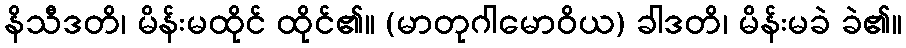
နိသီဒတိ၊ မိန်းမထိုင် ထိုင်၏။ (မာတုဂါမောဝိယ) ခါဒတိ၊ မိန်းမခဲ ခဲ၏။